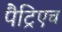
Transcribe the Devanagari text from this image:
पैट्रिएच